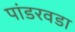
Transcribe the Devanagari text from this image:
पांडरवडा